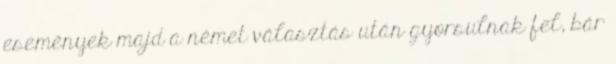
események majd a német választás után gyorsulnak fel, bár